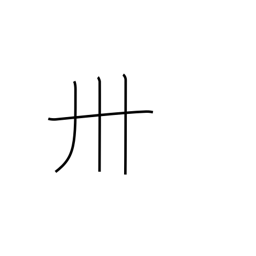
Meaning: thirty